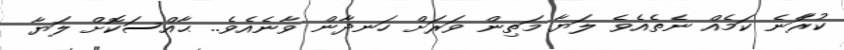
ކުރާަނެ ކަމެއް ނެތެއެވެ ލަޔާ މަތިން ވަރަށް ހަނދާން ވާނެއެވެ.. ޙާއްސަކޮށް ލަޔާ